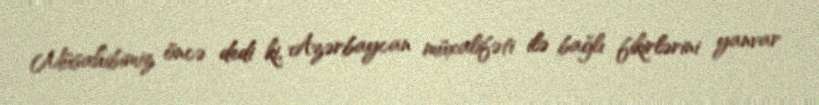
Müsahibimiz öncə dedi ki, Azərbaycan müxalifəti ilə bağlı fikirlərini yanvar